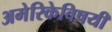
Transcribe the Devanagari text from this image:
अमेरिकेविषयी